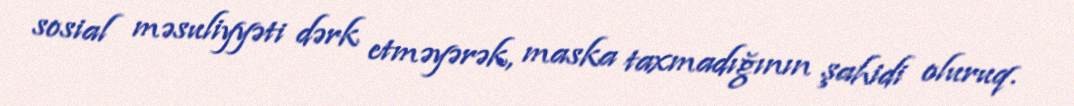
sosial məsuliyyəti dərk etməyərək, maska taxmadığının şahidi oluruq.